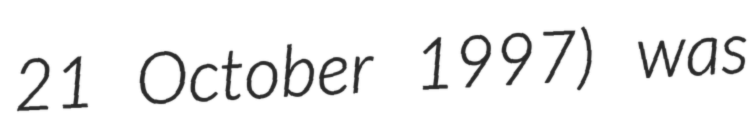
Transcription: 21 October 1997) was